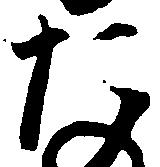
た